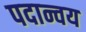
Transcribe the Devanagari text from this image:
पदान्वय